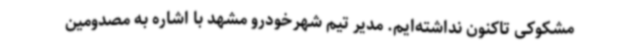
مشکوکی تاکنون نداشته‌ایم. مدیر تیم شهرخودرو مشهد با اشاره به مصدومین